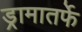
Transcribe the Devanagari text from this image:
ड्रामातर्फे